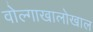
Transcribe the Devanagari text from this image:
वोल्गाखालोखाल